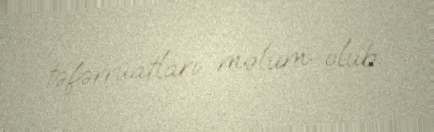
təfərrüatları məlum olub.